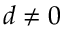
d \neq 0